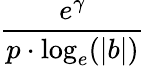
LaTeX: \frac{e^{\gamma}}{p\cdot\log_{e}(|b|)}